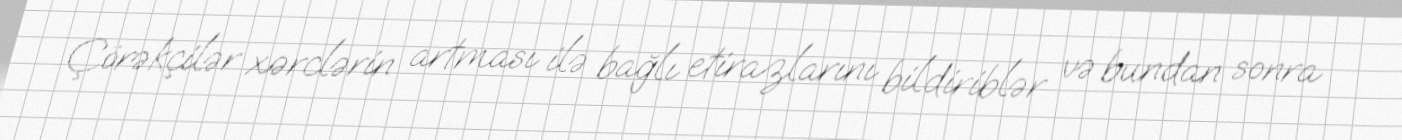
Çörəkçilər xərclərin artması ilə bağlı etirazlarını bildiriblər və bundan sonra